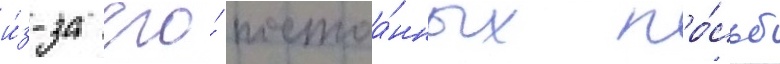
и́з-за его́ постоа́нных про́сьб